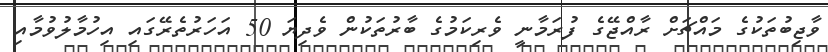
ވާޖިބުތަކުގެ މައްޗަށް ރާއްޖޭގެ ފުރަމާނީ ވެރިކަމުގެ ބާރުތަކުން ވެދިޔަ 50 އަހަރުތެރޭގައި އިހުމާލުވުމާއި